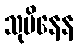
သုပိနေန